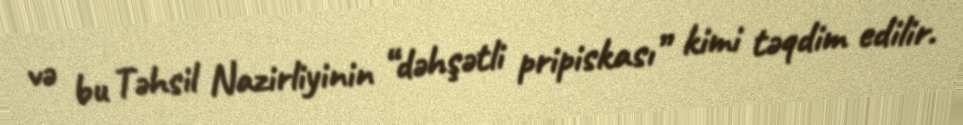
və bu Təhsil Nazirliyinin “dəhşətli pripiskası” kimi təqdim edilir.